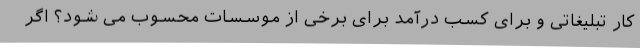
کار تبلیغاتی و برای کسب درآمد برای برخی از موسسات محسوب می شود؟ اگر